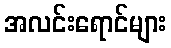
အလင်းရောင်များ